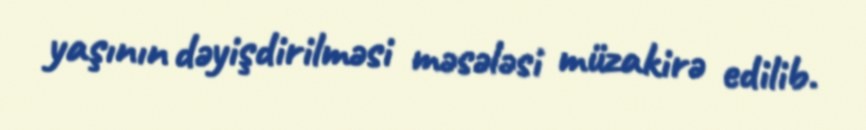
yaşının dəyişdirilməsi məsələsi müzakirə edilib.